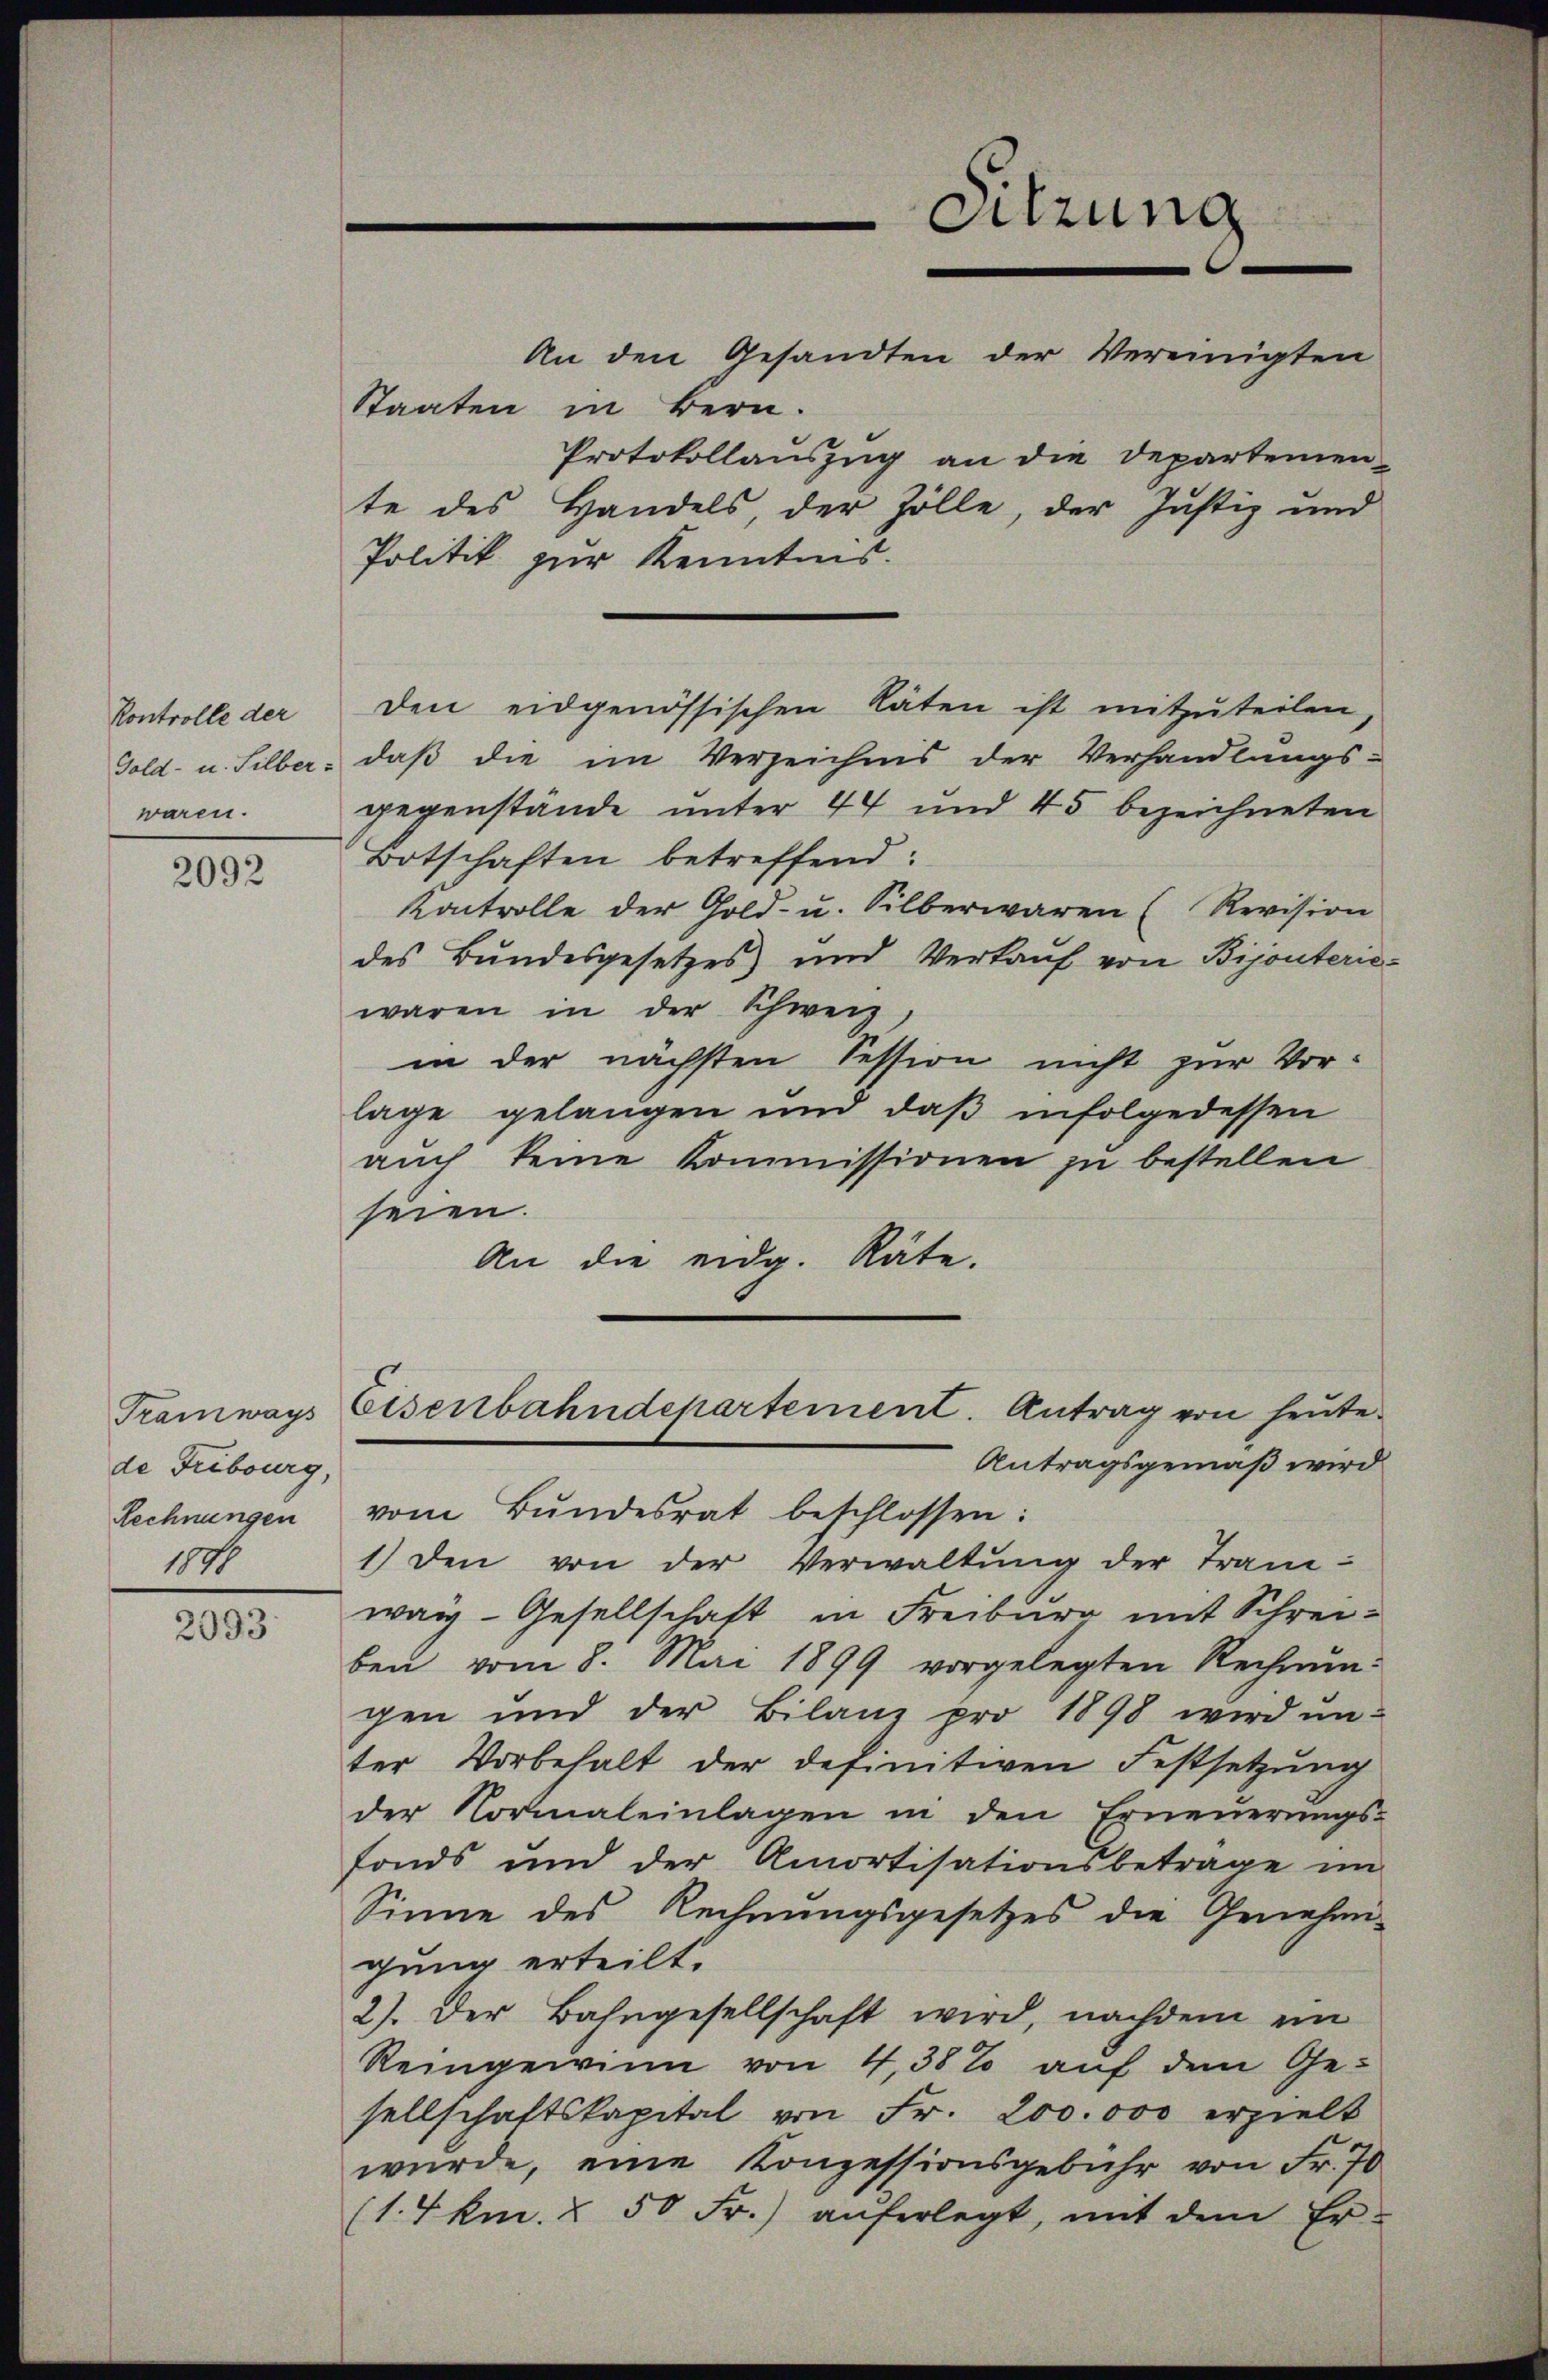
Kontrolle der
waren.

2092

de Fribourg,
1846

2093.

Staaten in Bern.
Protokollauszug an die Departemen-
te des Handels, der Zölle, der Justiz und
Politik zur Kenntnis.
Gold- u. Silber, daβ die im Verzeichnis der Verhandlungs-
gegenstände unter 44 und 45 bezeichneten
Botschaften betreffend:
Kontrolle der Gold- u. Silberwaren (Revision
des Bundesgesetzes und Verkaŭf von Bijouterie
waren in der Schweiz
in der nächsten Session nicht zur Vorlage gelangen und daβ infolgedessen
auch keine Kommissionen zu bestellen
seien.
An die eidg. Räte.
Tramways Eisenbahndepartement. Antrag von heŭte
Antragsgemäß wird
Lechnungen vom Bŭndesrat beschlossen:
1) den von der Verwaltŭng der Tran-
wai-Gesellschaft in Freiburg mit Schreiben vom 8. Mai 1899 vorgelegten Rechnŭn-
gen und der Bilanz pro 1898 wird ŭn-
ter Vorbehalt der definitiven Festsetzung
der Normaleinlagen in den Erneŭerŭngs-
fonds und der Amortisationsbetrage im
Sinne des Rechnungsgesetzes die Genehmi-
gung erteilt.
2). Der Bahngesellschaft wird, nachdem ein
Reingewinn von 4,38% aŭf dem Ge-
sellschaftskapital von Fr. 200.000 erzielt
würde, eine Konzessionsgebühr von Fr. 70
(14km. § 50 Fr.) auferlegt, mit dem Er-

Den eidgenössischen Räten ist mitzŭteilen,

Sitzung
An den Gesandten der Vereinigten